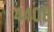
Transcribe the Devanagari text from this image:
४४०८